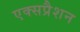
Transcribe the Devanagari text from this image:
एक्सप्रैशन